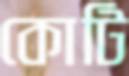
কোটি